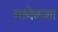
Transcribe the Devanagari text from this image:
माणेकशा